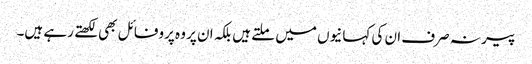
پیر نہ صرف ان کی کہانیوں میں ملتے ہیں بلکہ ان پر وہ پروفائل بھی لکھتے رہے ہیں۔